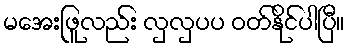
မအေးဖြူလည်း လှလှပပ ဝတ်နိုင်ပါပြီ။